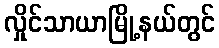
လှိုင်သာယာမြို့နယ်တွင်